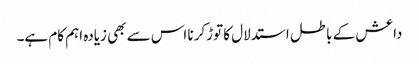
داعش کے باطل استدلال کا توڑکرنا اس سے بھی زیادہ اہم کام ہے۔